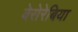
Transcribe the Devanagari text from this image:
बेसेरेबिया